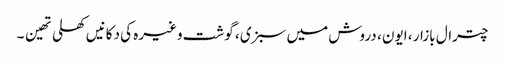
چترال بازار ، ایون ، دروش میں سبزی ، گوشت وغیرہ کی دکانیں کھلی تھین ۔